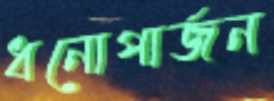
ধনোপার্জন